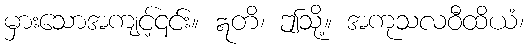
မှားသောအကျင့်၎င်း။ ဣတိ၊ ဤသို့။ အကုသလဝီထိယံ၊